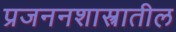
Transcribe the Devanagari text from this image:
प्रजननशास्त्रातील